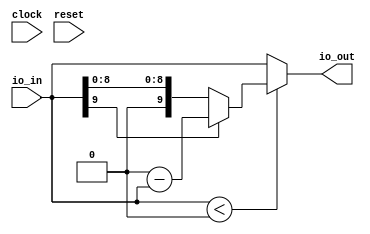
module SignedModule( // @[:@3.2]
  input        clock, // @[:@4.4]
  input        reset, // @[:@5.4]
  input  [9:0] io_in, // @[:@6.4]
  output [9:0] io_out // @[:@6.4]
);
  wire  _T_7 = $signed(io_in) < 10'sh0; // @[SIntTypeClass.scala 66:35:@12.4]
  wire [9:0] _T_17 = 10'sh0 - $signed(io_in); // @[SIntTypeClass.scala 28:50:@24.4]
  wire [9:0] _T_18 = io_in[9] ? $signed(_T_17) : $signed(io_in); // @[SIntTypeClass.scala 140:31:@25.4]
  assign io_out = _T_7 ? $signed(_T_18) : $signed(io_in); // @[TypeclassSpec.scala 62:21:@37.4]
endmodule